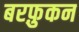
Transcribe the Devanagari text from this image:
बरफ़ुकन